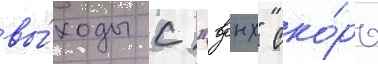
вы́ходы с "вднх" ско́ро